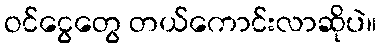
ဝင်ငွေတွေ တယ်ကောင်းလာဆိုပဲ။